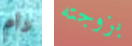
دام بزوجته